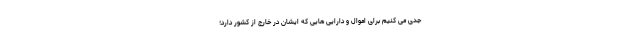
جدی می کنیم برای اموال و دارایی هایی که ایشان در خارج از کشور دارد؛